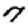
Digit: 7